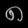
Digit: ၈